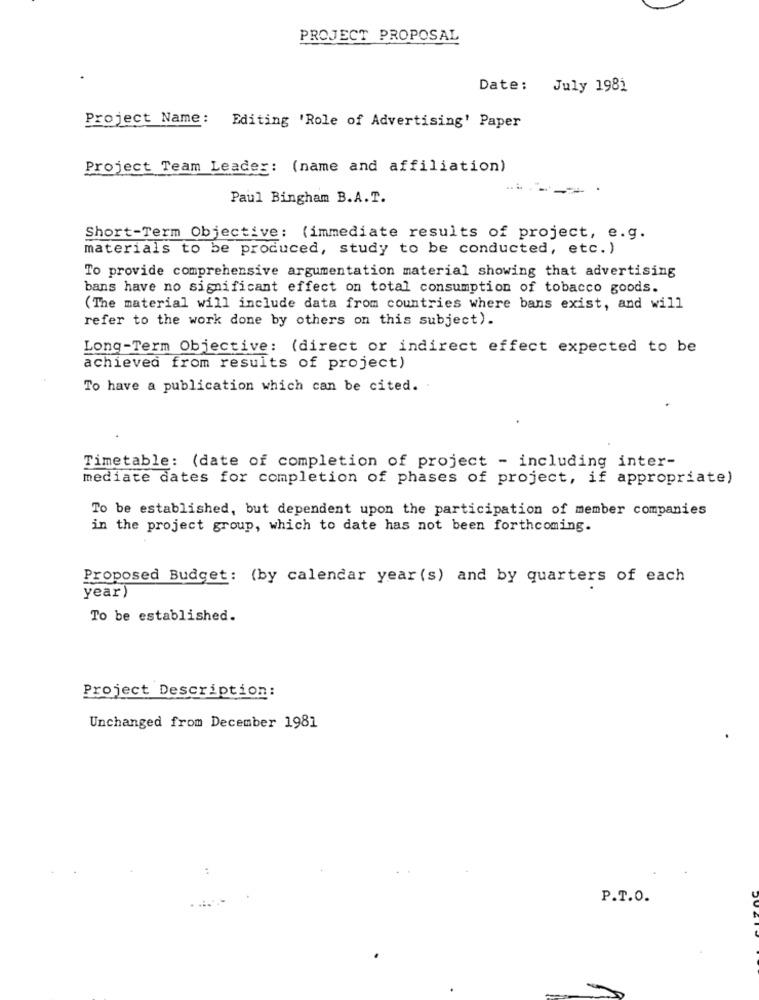
PROJECT PROPOSAL
Date: July 1981
Project Name: Editing 'Role of Advertising' Paper
Project Team Leader: (name and affiliation)
Paul Bingham B.A.T.
Short-Term Objective: (immediate results of project, e.g.
materials to be produced, study to be conducted, etc. )
To provide comprehensive argumentation material showing that advertising
bans have no significant effect on total consumption of tobacco goods.
(The material will include data from countries where bans exist, and will
refer to the work done by others on this subject).
Long-Term Objective: (direct or indirect effect expected to be
achieved from results of project)
To have a publication which can be cited. .
Timetable: (date of completion of project - including inter-
mediate dates for completion of phases of project, if appropriate)
To be established, but dependent upon the participation of member companies
in the project group, which to date has not been forthcoming.
Proposed Budget: (by calendar year (s) and by quarters of each
year)
To be established.
Project Description:
Unchanged from December 1981
P.T.O.